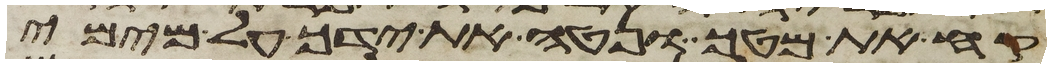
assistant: קח את מטך ונטה את ידך על מימי